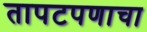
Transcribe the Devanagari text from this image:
तापटपणाचा